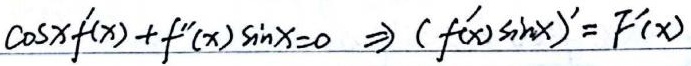
\(\cos x f'(x)+f''(x)\sin x = 0\Rightarrow (f'(x)\sin x)'=F'(x)\)